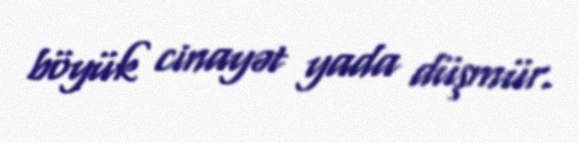
böyük cinayət yada düşmür.